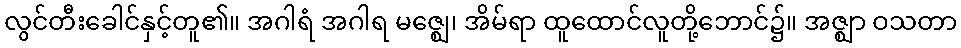
လွင်တီးခေါင်နှင့်တူ၏။ အဂါရံ အဂါရ မဇ္ဈေ၊ အိမ်ရာ ထူထောင်လူတို့ဘောင်၌။ အဇ္ဈာ ဝသတာ